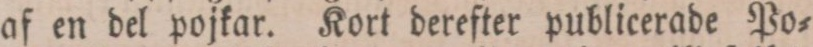
af en del pojkar. Kort derefter publicerade Po=